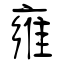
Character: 雍